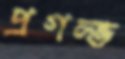
প্রগল্ভ